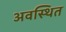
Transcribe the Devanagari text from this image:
अवस्‍थित